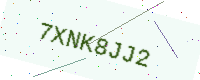
Text: 7XNK8JJ2